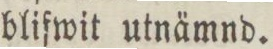
blifwit utnämnd.